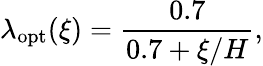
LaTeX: \lambda_{\mathrm{opt}}(\xi)=\frac{0.7}{0.7+\xi/H},